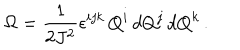
\Omega = { \frac { 1 } { 2 J ^ { 2 } } } \epsilon ^ { i j k } \, Q ^ { i } \, d Q ^ { j } \, d Q ^ { k } \, .